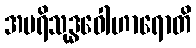
အပရိသုဒ္ဓဝေါဟာရောတိ